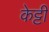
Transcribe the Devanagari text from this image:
केट्टी